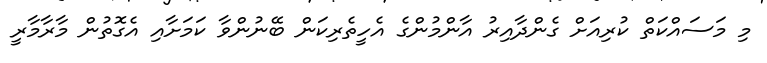
މި މަސައްކަތް ކުރިއަށް ގެންދާއިރު އާންމުންގެ އެހީތެރިކަން ބޭނުންވާ ކަމަށާއި އެގޮތުން މާރާމާރީ